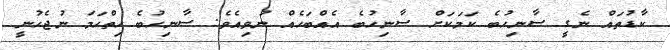
ކާޑުތައް ނެގީ ސާނިހުބެ ކަމަކަށް ސާނިހުބެ އެއްބަހެއް ނުވިއެވެ. ސާނިހުބެ ހިތްހަމަ ނުޖެހުނީ